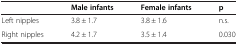
|  | Male infants | Female infants | p |
 | --- | --- | --- | --- |
 | Left nipples | 3.8 ± 1.7 | 3.8 ± 1.6 | n.s. |
 | Right nipples | 4.2 ± 1.7 | 3.5 ± 1.4 | 0.030 |